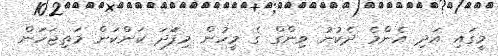
މީގައި އަދި އެންމެ ދެކުނު ވިންގް ގެ މީހުން މިފަަދަ ކަންކަން މަތިޖަހަން